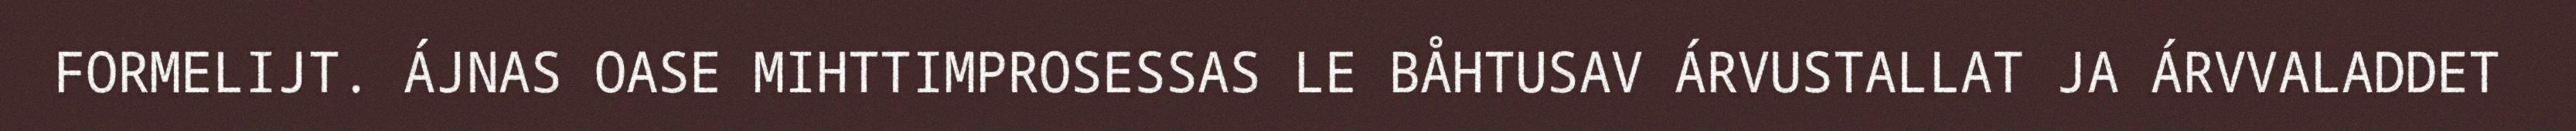
FORMELIJT. ÁJNAS OASE MIHTTIMPROSESSAS LE BÅHTUSAV ÁRVUSTALLAT JA ÁRVVALADDET